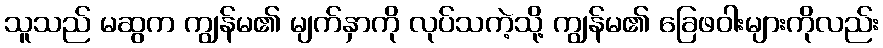
သူသည် မဆွက ကျွန်မ၏ မျက်နှာကို လုပ်သကဲ့သို့ ကျွန်မ၏ ခြေဖဝါးများကိုလည်း